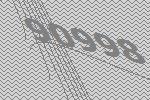
90998